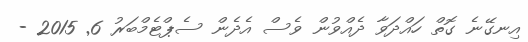
އިނގޭނެ ގޮތް ހައްދަވާ ދެއްވުން ވެސް އެދެން ސެޕްޓެމްބަރު 6